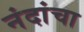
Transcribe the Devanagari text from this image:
नंदांचा